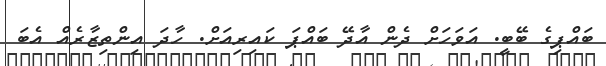
ބައްޕިގެ ބޭބީ. އަވަހަށް ދެން އާދޭ ބައްޕަ ކައިރިއަށް. ހާދަ އިންތިޒާރެއް އެބަ